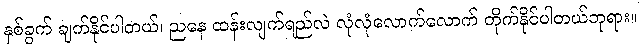
နှစ်ခွက် ချက်နိုင်ပါတယ်၊ ညနေ ထန်းလျက်ရည်လဲ လုံလုံလောက်လောက် တိုက်နိုင်ပါတယ်ဘုရား။